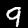
Label: 9